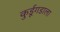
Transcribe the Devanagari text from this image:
कुर्डूगडाला